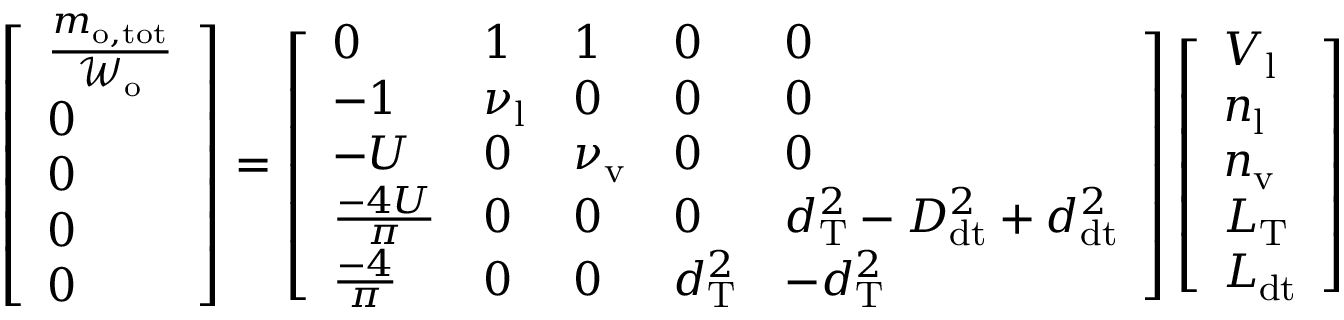
\left[ \begin{array} { l } { \frac { m _ { \mathrm { o , t o t } } } { \mathcal { W } _ { \mathrm { o } } } } \\ { 0 } \\ { 0 } \\ { 0 } \\ { 0 } \end{array} \right] = \left[ \begin{array} { l l l l l } { 0 } & { 1 } & { 1 } & { 0 } & { 0 } \\ { - 1 } & { \nu _ { \mathrm { l } } } & { 0 } & { 0 } & { 0 } \\ { - U } & { 0 } & { \nu _ { \mathrm { v } } } & { 0 } & { 0 } \\ { \frac { - 4 U } { \pi } } & { 0 } & { 0 } & { 0 } & { d _ { \mathrm { T } } ^ { 2 } - D _ { \mathrm { d t } } ^ { 2 } + d _ { \mathrm { d t } } ^ { 2 } } \\ { \frac { - 4 } { \pi } } & { 0 } & { 0 } & { d _ { \mathrm { T } } ^ { 2 } } & { - d _ { \mathrm { T } } ^ { 2 } } \end{array} \right] \left[ \begin{array} { l } { V _ { \mathrm { l } } } \\ { n _ { \mathrm { l } } } \\ { n _ { \mathrm { v } } } \\ { L _ { \mathrm { T } } } \\ { L _ { \mathrm { d t } } } \end{array} \right]